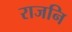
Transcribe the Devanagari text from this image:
राजनि